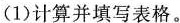
(1)计算并填写表格。